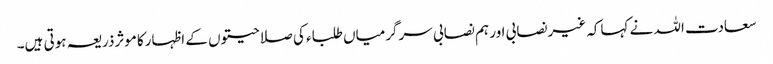
سعادت اللہ نے کہاکہ غیرنصابی اور ہم نصابی سرگرمیاں طلباء کی صلاحیتوں کے اظہارکاموثرذریعہ ہوتی ہیں۔